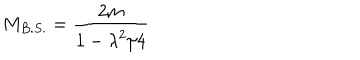
M _ { B . S . } = { \frac { 2 m } { \displaystyle { 1 - { \lambda ^ { 2 } / 4 } } } }